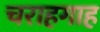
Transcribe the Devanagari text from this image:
चराहगाह